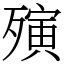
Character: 殥